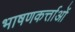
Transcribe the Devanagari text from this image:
भाषणकर्त्ताओं